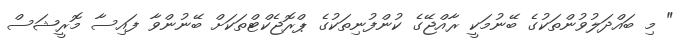
" މި ބައްދަލުވުންތަކުގެ ބޭނުމަކީ ރާއްޖޭގެ ކުންފުނިތަކުގެ ޕްރޮޖެކްޓްތަކަށް ބޭނުންވާ ފައިސާ މޮރީޝަސް